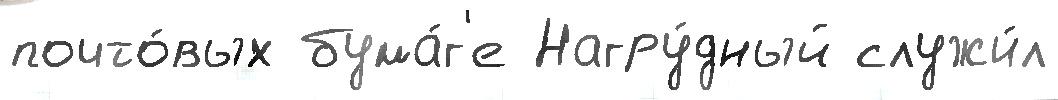
почто́вых бума́г'е Нагру́дный служи́л